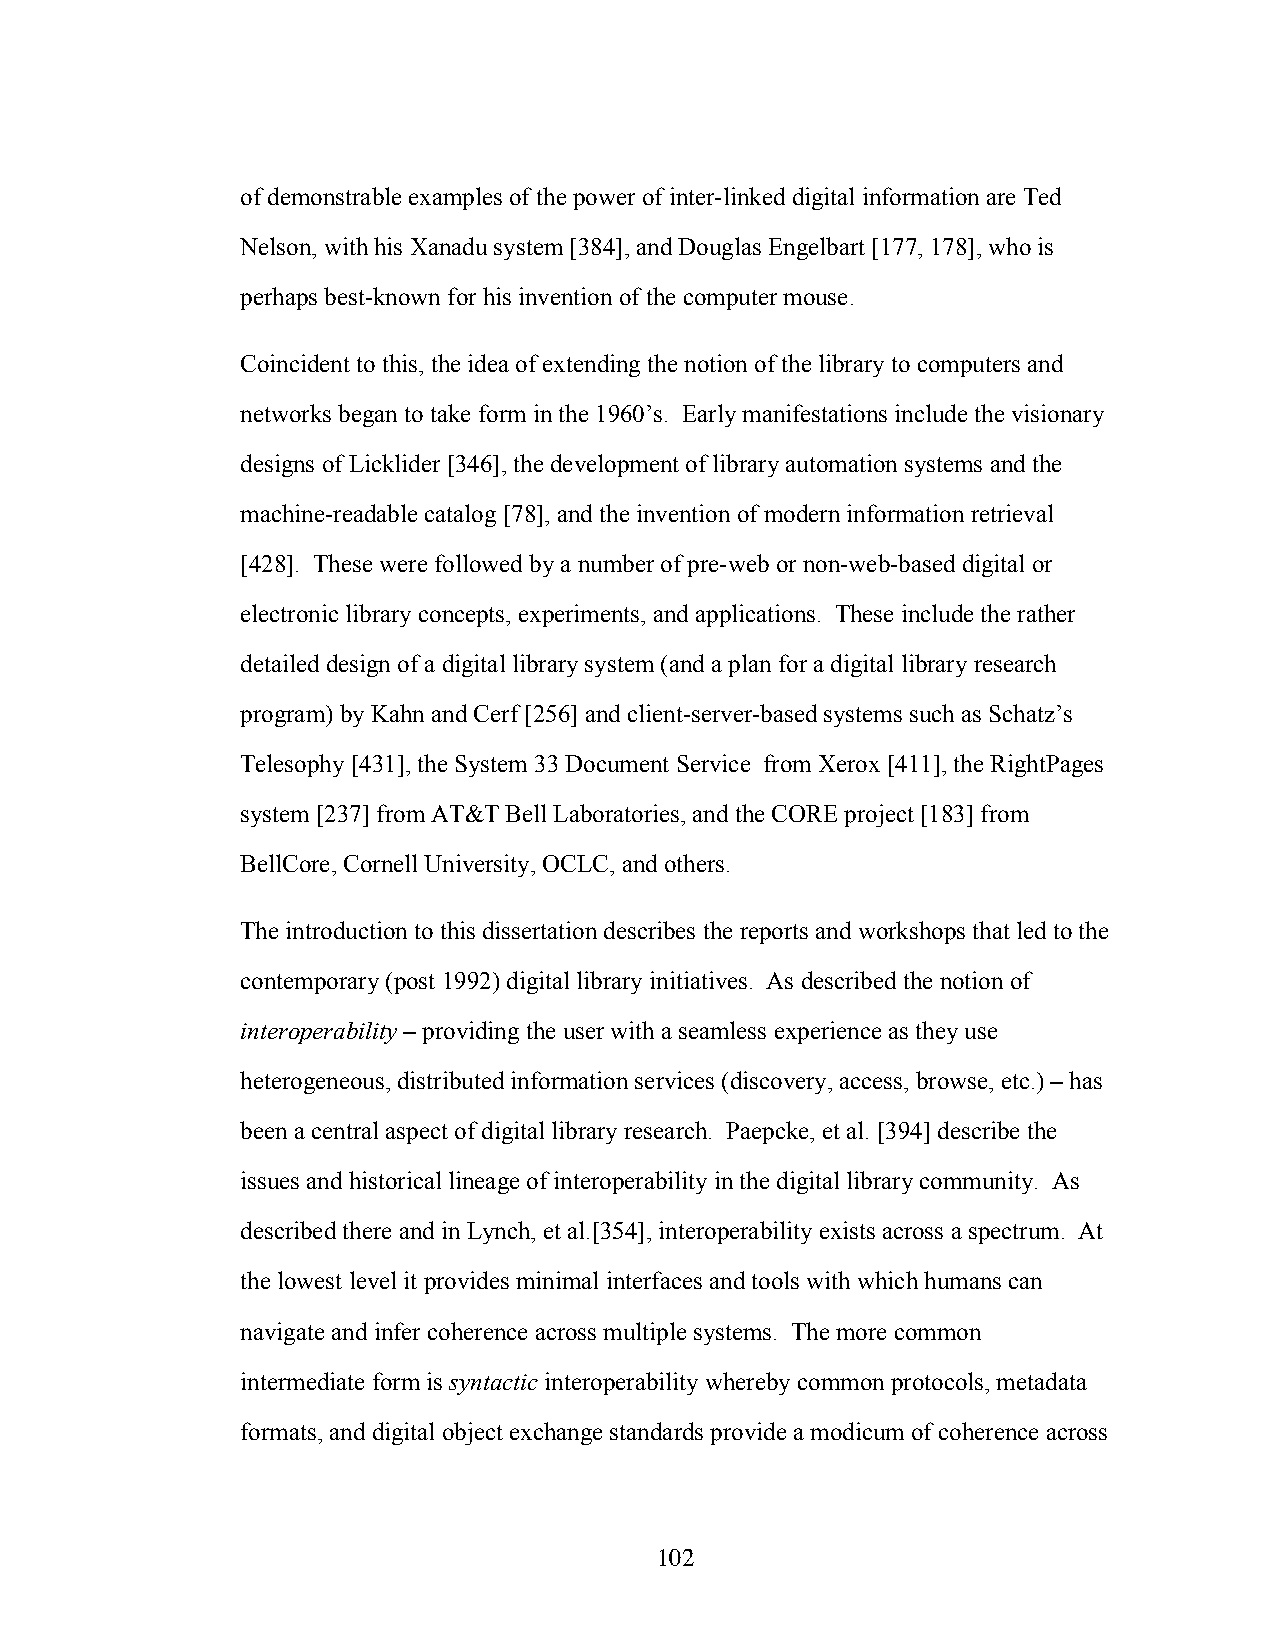
of demonstrable examples of the power of inter-linked digital information are Ted
 Nelson, with his Xanadu system [384], and Douglas Engelbart [177, 178], who is
 perhaps best-known for his invention of the computer mouse.
 Coincident to this, the idea of extending the notion of the library to computers and
 networks began to take form in the 1960’s. Early manifestations include the visionary
 designs of Licklider [346], the development of library automation systems and the
 machine-readable catalog [78], and the invention of modern information retrieval
 [428]. These were followed by a number of pre-web or non-web-based digital or
 electronic library concepts, experiments, and applications. These include the rather
 detailed design of a digital library system (and a plan for a digital library research
 program) by Kahn and Cerf [256] and client-server-based systems such as Schatz’s
 Telesophy [431], the System 33 Document Service from Xerox [411], the RightPages
 system [237] from AT&T Bell Laboratories, and the CORE project [183] from
 BellCore, Cornell University, OCLC, and others.
 The introduction to this dissertation describes the reports and workshops that led to the
 contemporary (post 1992) digital library initiatives. As described the notion of
 interoperability – providing the user with a seamless experience as they use
 heterogeneous, distributed information services (discovery, access, browse, etc.) – has
 been a central aspect of digital library research. Paepcke, et al. [394] describe the
 issues and historical lineage of interoperability in the digital library community. As
 described there and in Lynch, et al.[354], interoperability exists across a spectrum. At
 the lowest level it provides minimal interfaces and tools with which humans can
 navigate and infer coherence across multiple systems. The more common
 intermediate form is syntactic interoperability whereby common protocols, metadata
 formats, and digital object exchange standards provide a modicum of coherence across
 102